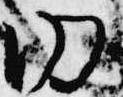
内